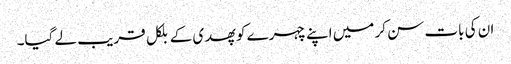
ان کی بات سن کر میں اپنے چہرے کو پھدی کے بلکل قریب لے گیا۔